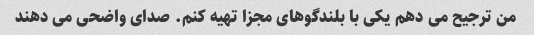
من ترجیح می دهم یکی با بلندگوهای مجزا تهیه کنم. صدای واضحی می دهند